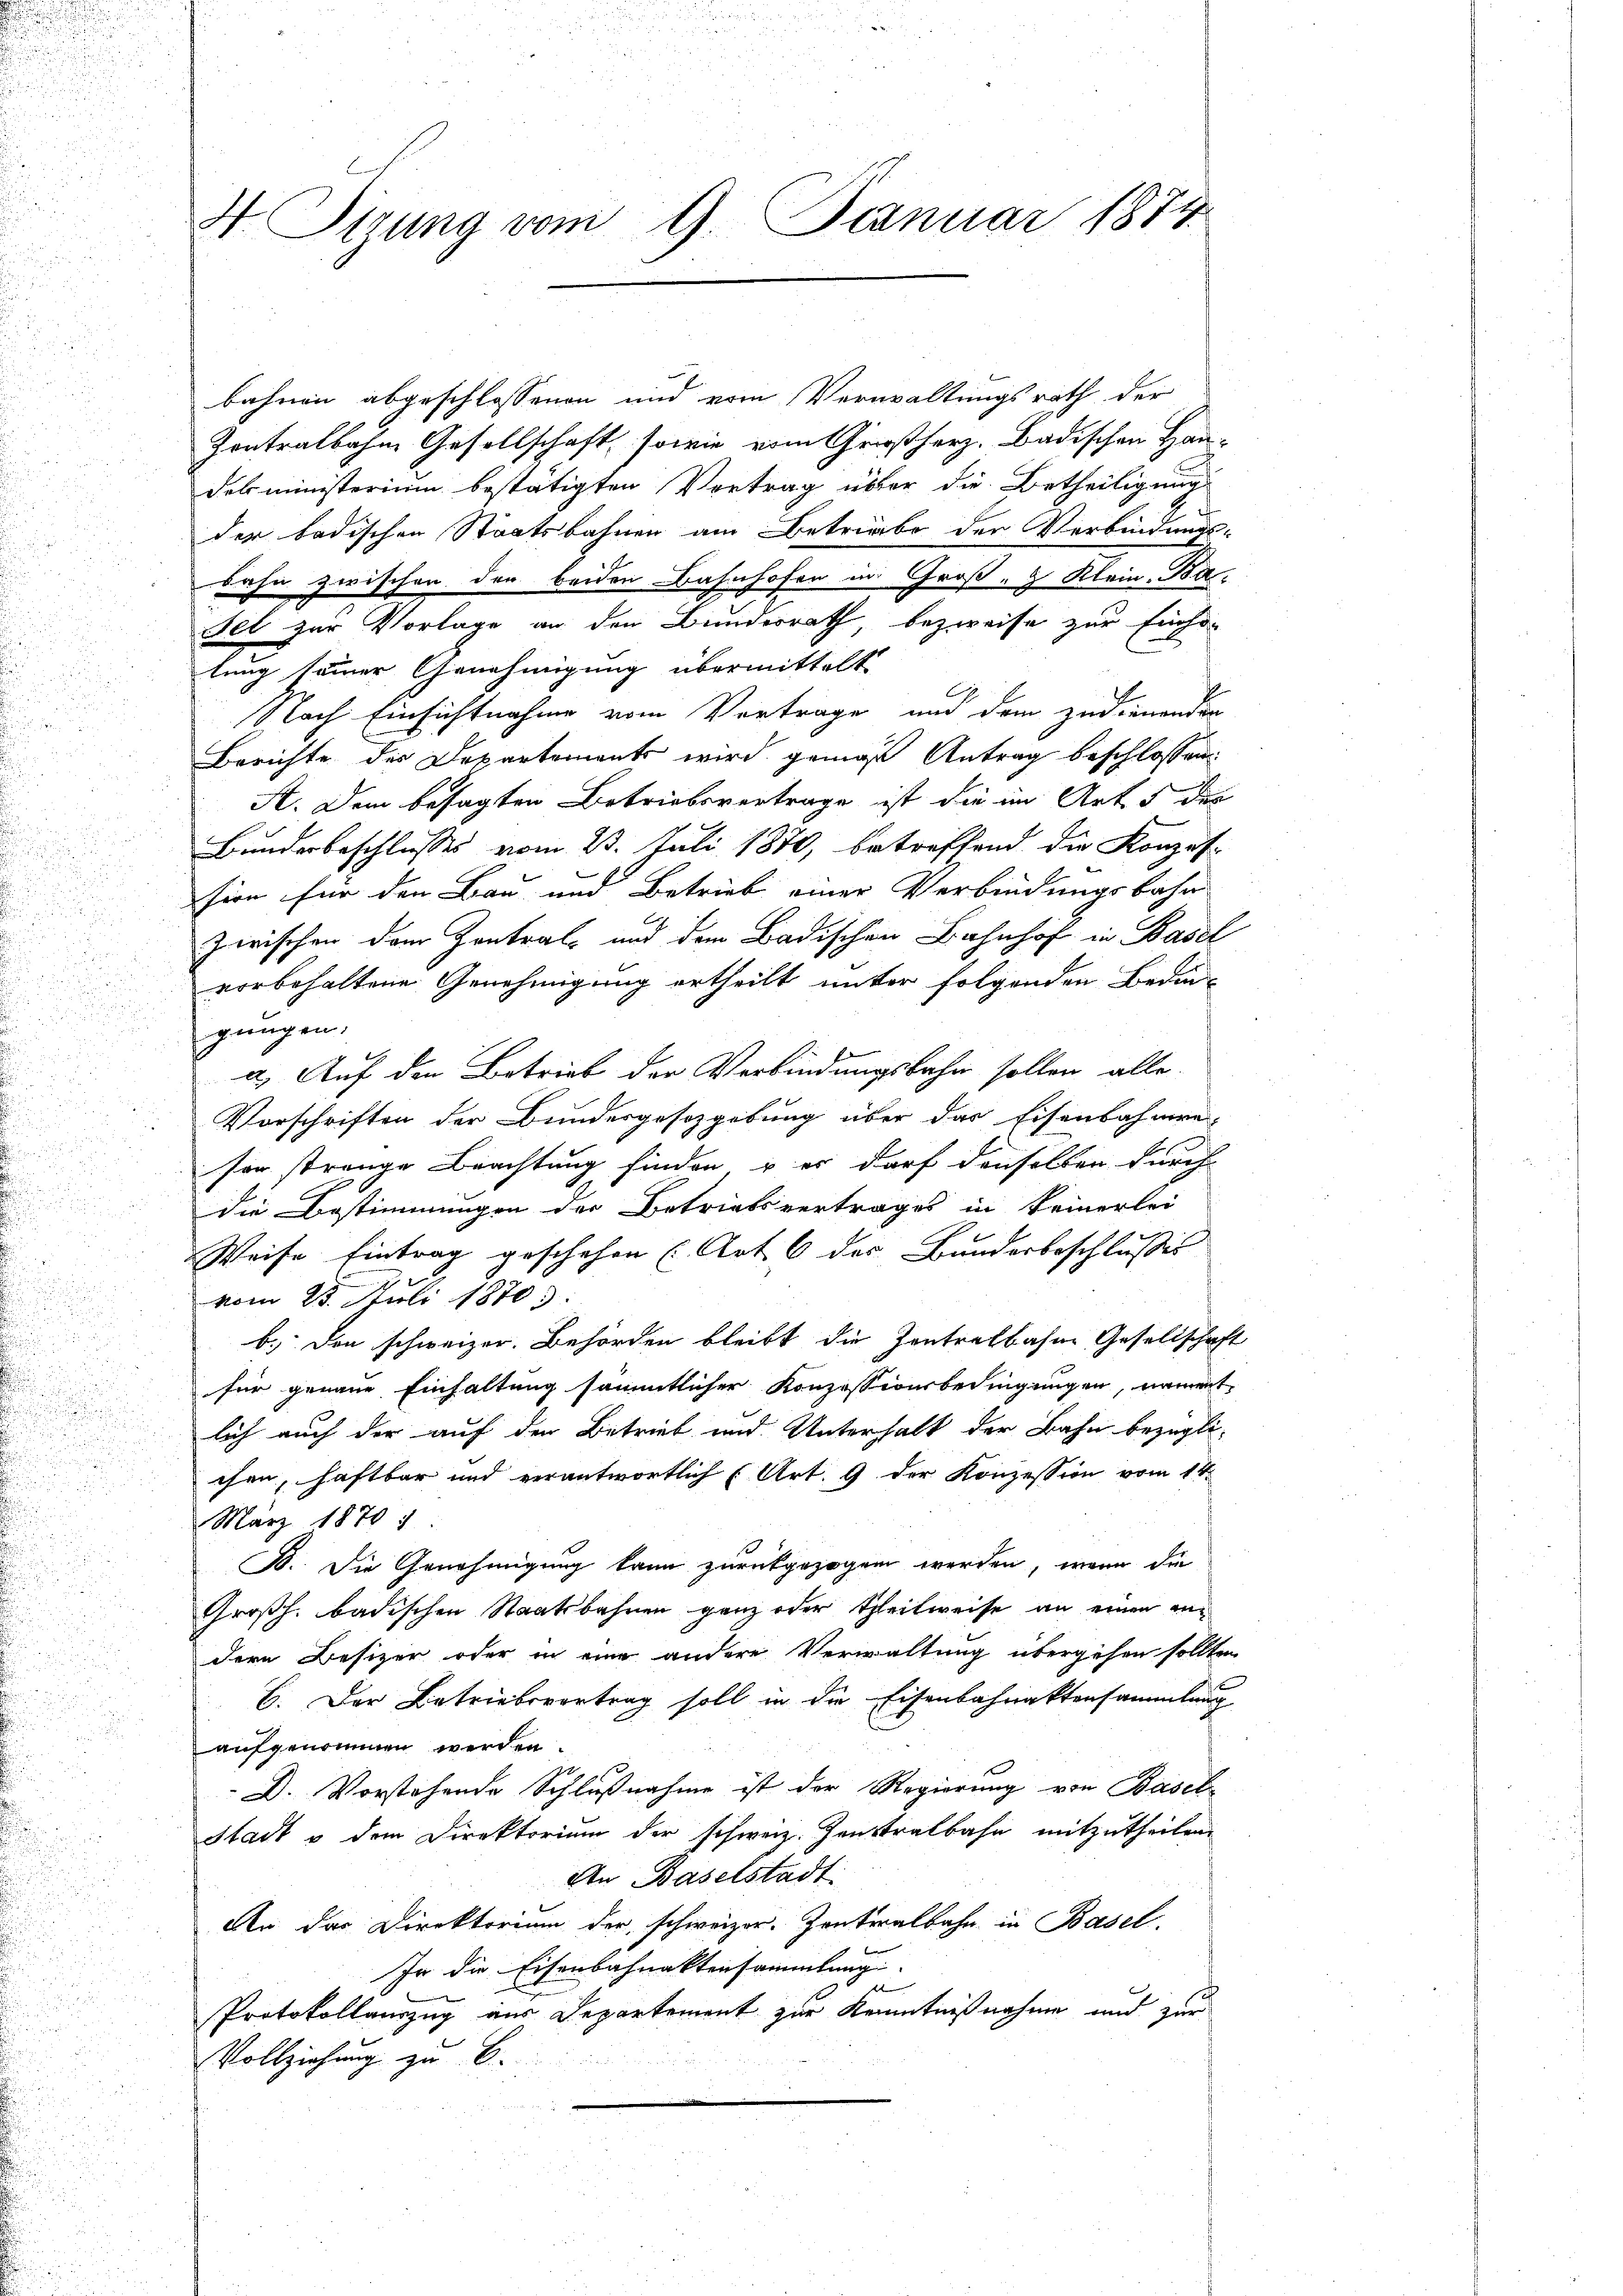
4 Sirung vom 9. Deznuar 1874.

bahnen abgeschlossenen und vom Verwaltungsrath der
Zontralbahn Gesellschaft, sowie vom Großherz. Badischen Hau-
desministerium bestätigten Vertrag über die Betheiligung
der badischen Staatsbahnen am Betriebe der Verbindungs-
bahn zwischen den beiden Bahnhofen im Groß- & Klein Ba¬
Fel zur Vorlage an den Bundesrath, bezweife zur Einholung seiner Genehmigung übermittelt
Nach Einsichtnahme vom Vortrage und dem zudienenden
Berichte der Departements wird gemäß Antrag beschlossen:
A. Dem besagten Betriebsvertrage ist die im Art 3 des
Bunderbeschlusses vom 23. Juli 1870, betreffend die Konzes-
sion für den Bau und Betrieb einer Verbindungsbahn
zwischen dem Zentral- und dem Badischen Bahnhof in Basel
vorbehaltene Genehmigung ertheilt unter folgenden Bedingungen.
a.) Auf den Betrieb der Verbindungsbahn sollen alle
Vorschriften der Bundesgesozgebung über das Eisenbahnere
sor strenge Beachtung finden & er darf denselben durch
die Bestimmungen der Betriebsvertrages in keinerlei
Weise Eintrag geschehen (Art. 6 des Bunderbeschlusses
vom 25. Juli 1870
b.) den schweizer. Behörden bleibt die Zentretbahne Gesellschaft
für genaue Einhaltung sämmtlicher Konzessionsbedingungen, nament
lich auch der auf den Betrieb und Unterhalt der Bahn bezüglichen, haftbar und verantwortlich (Art. 9 der Konzession vom 14.
März 1870 7.
B. Die Genehmigung kann zurückgezogen werden, wenn die
Großh. badischen Staatsbahnen ganz oder Theilweise an einen andern Besizer oder in eine andere Verwaltung übergehen sollten
B. Der Betriebevortrag soll in die Eisenbahnaktensammlung
aufgenommen werden.
D. Vorstehende Schlußnahme ist der Regierung von Basel
Stadt u dem Direktorium der schweiz. Zentralbahn mitzutheilen
An Baselstadt
An das Direktorium der schweizer. Zentralbahn in Basel,
In die Eisenbahnaktensammlung
e
Protokollauszug aus Departement zur Kenntnißnahme und zur
Vollziehung zu 6.